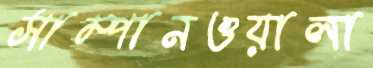
সাম্পানওয়ালা